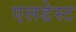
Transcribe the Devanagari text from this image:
एलडेस्ट